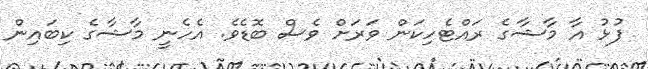
ފުޅު އާ މާޝާގެ ރައްޓެހިކަން ވަރަށް ވެސް ބޮޑެވެ. އެހެނީ މާޝާގެ ކިބައިން